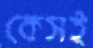
কেসই